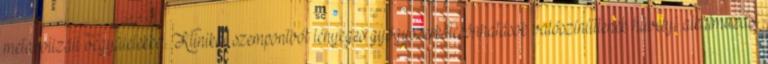
metabolizált vegyületekkel. Klinikai szempontból lényeges gyógyszerkölcsönhatások valószínűtlenek hüvelyi alkalmazást